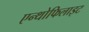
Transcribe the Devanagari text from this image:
एन्थोफिलाइट